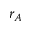
r _ { A }